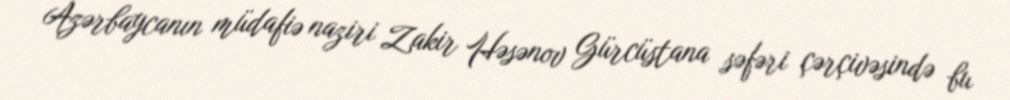
Azərbaycanın müdafiə naziri Zakir Həsənov Gürcüstana səfəri çərçivəsində bu